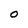
Character: O